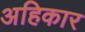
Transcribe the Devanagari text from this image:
अहिकार